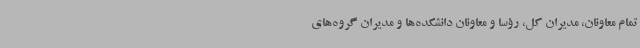
تمام معاونان، مدیران کل، رؤسا و معاونان دانشکده‌ها و مدیران گروه‌های